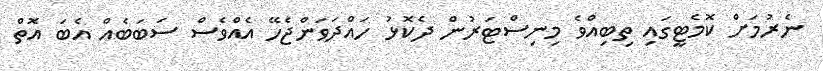
ނެރުމަށް ކޮމެޓީގައި ތިބިއްވެ މިނިސްޓަރުން ދެކޮޅު ހައްދަވަންޖެހޭ އެއްވެސް ސަބަބެއް އެބަ އޮތް